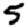
Digit: 5